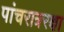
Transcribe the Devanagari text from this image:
पांचरात्ररक्षा